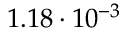
1 . 1 8 \cdot 1 0 ^ { - 3 }